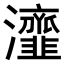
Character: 𤅈